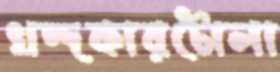
খন্দকারটোলা